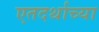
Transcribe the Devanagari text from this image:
एतदर्थाच्या